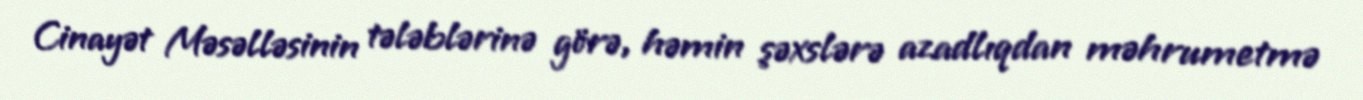
Cinayət Məsəlləsinin tələblərinə görə, həmin şəxslərə azadlıqdan məhrumetmə